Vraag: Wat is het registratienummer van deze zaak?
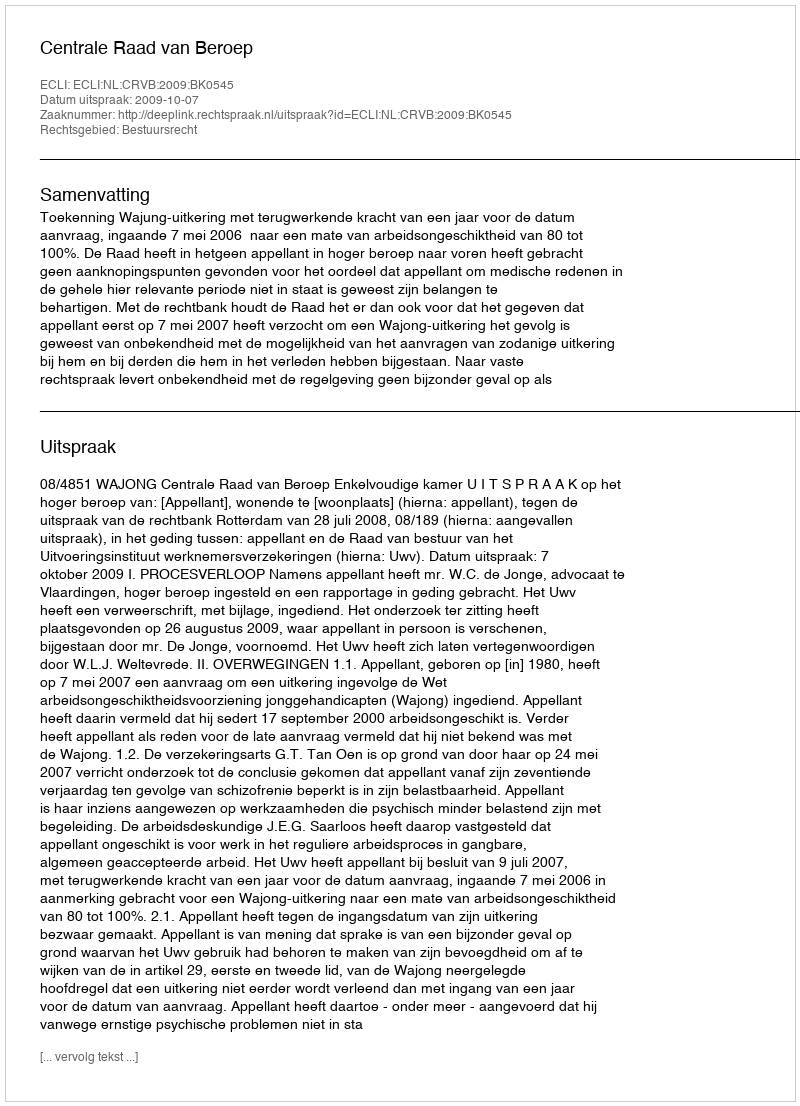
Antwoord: http://deeplink.rechtspraak.nl/uitspraak?id=ECLI:NL:CRVB:2009:BK0545